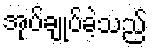
အုပ်ချုပ်ခဲ့သည်